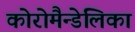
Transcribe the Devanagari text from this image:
कोरोमैन्डेलिका